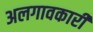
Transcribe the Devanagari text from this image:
अलगावकारी